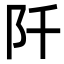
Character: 阡